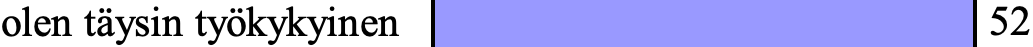
olen täysin työkykyinen          52